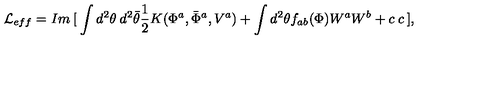
{ \cal L } _ { e f f } = I m \: [ \: \int d ^ { 2 } \theta \: d ^ { 2 } \bar { \theta } \frac { 1 } { 2 } K ( \Phi ^ { a } , \bar { \Phi } ^ { a } , V ^ { a } ) + \int d ^ { 2 } \theta f _ { a b } ( \Phi ) W ^ { a } W ^ { b } + c \: c \: ] ,